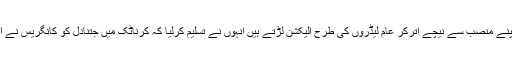
وزیراعظم جن کو پروردگار نے پورے ملک کا مالک بنایا ہے اور جو ہر الیکشن کے وقت اپنے منصب سے نیچے اترکر عام لیڈروں کی طرح الیکشن لڑتے ہیں انہوں نے تسلیم کرلیا کہ کرناٹک میں جتنادل کو کانگریس نے اپنی حمایت دے دی جس کی وجہ سے اس کے ووٹ زیادہ ہوگئے اور اس نے حکومت بنالی۔